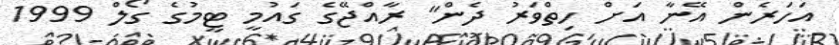
އަހަރެން އޭނާ އަށް ހިތްވަރު ދެން" ރާއްޖޭގެ ގައުމީ ޓީމުގެ ގޯލް 1999